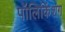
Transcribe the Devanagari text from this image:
पॉलिकिंशग